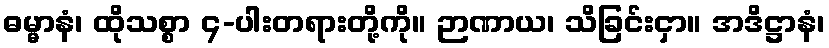
ဓမ္မာနံ၊ ထိုသစ္စာ ၄-ပါးတရားတို့ကို။ ဉာဏာယ၊ သိခြင်းငှာ။ အဒိဋ္ဌာနံ၊